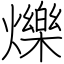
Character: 爍